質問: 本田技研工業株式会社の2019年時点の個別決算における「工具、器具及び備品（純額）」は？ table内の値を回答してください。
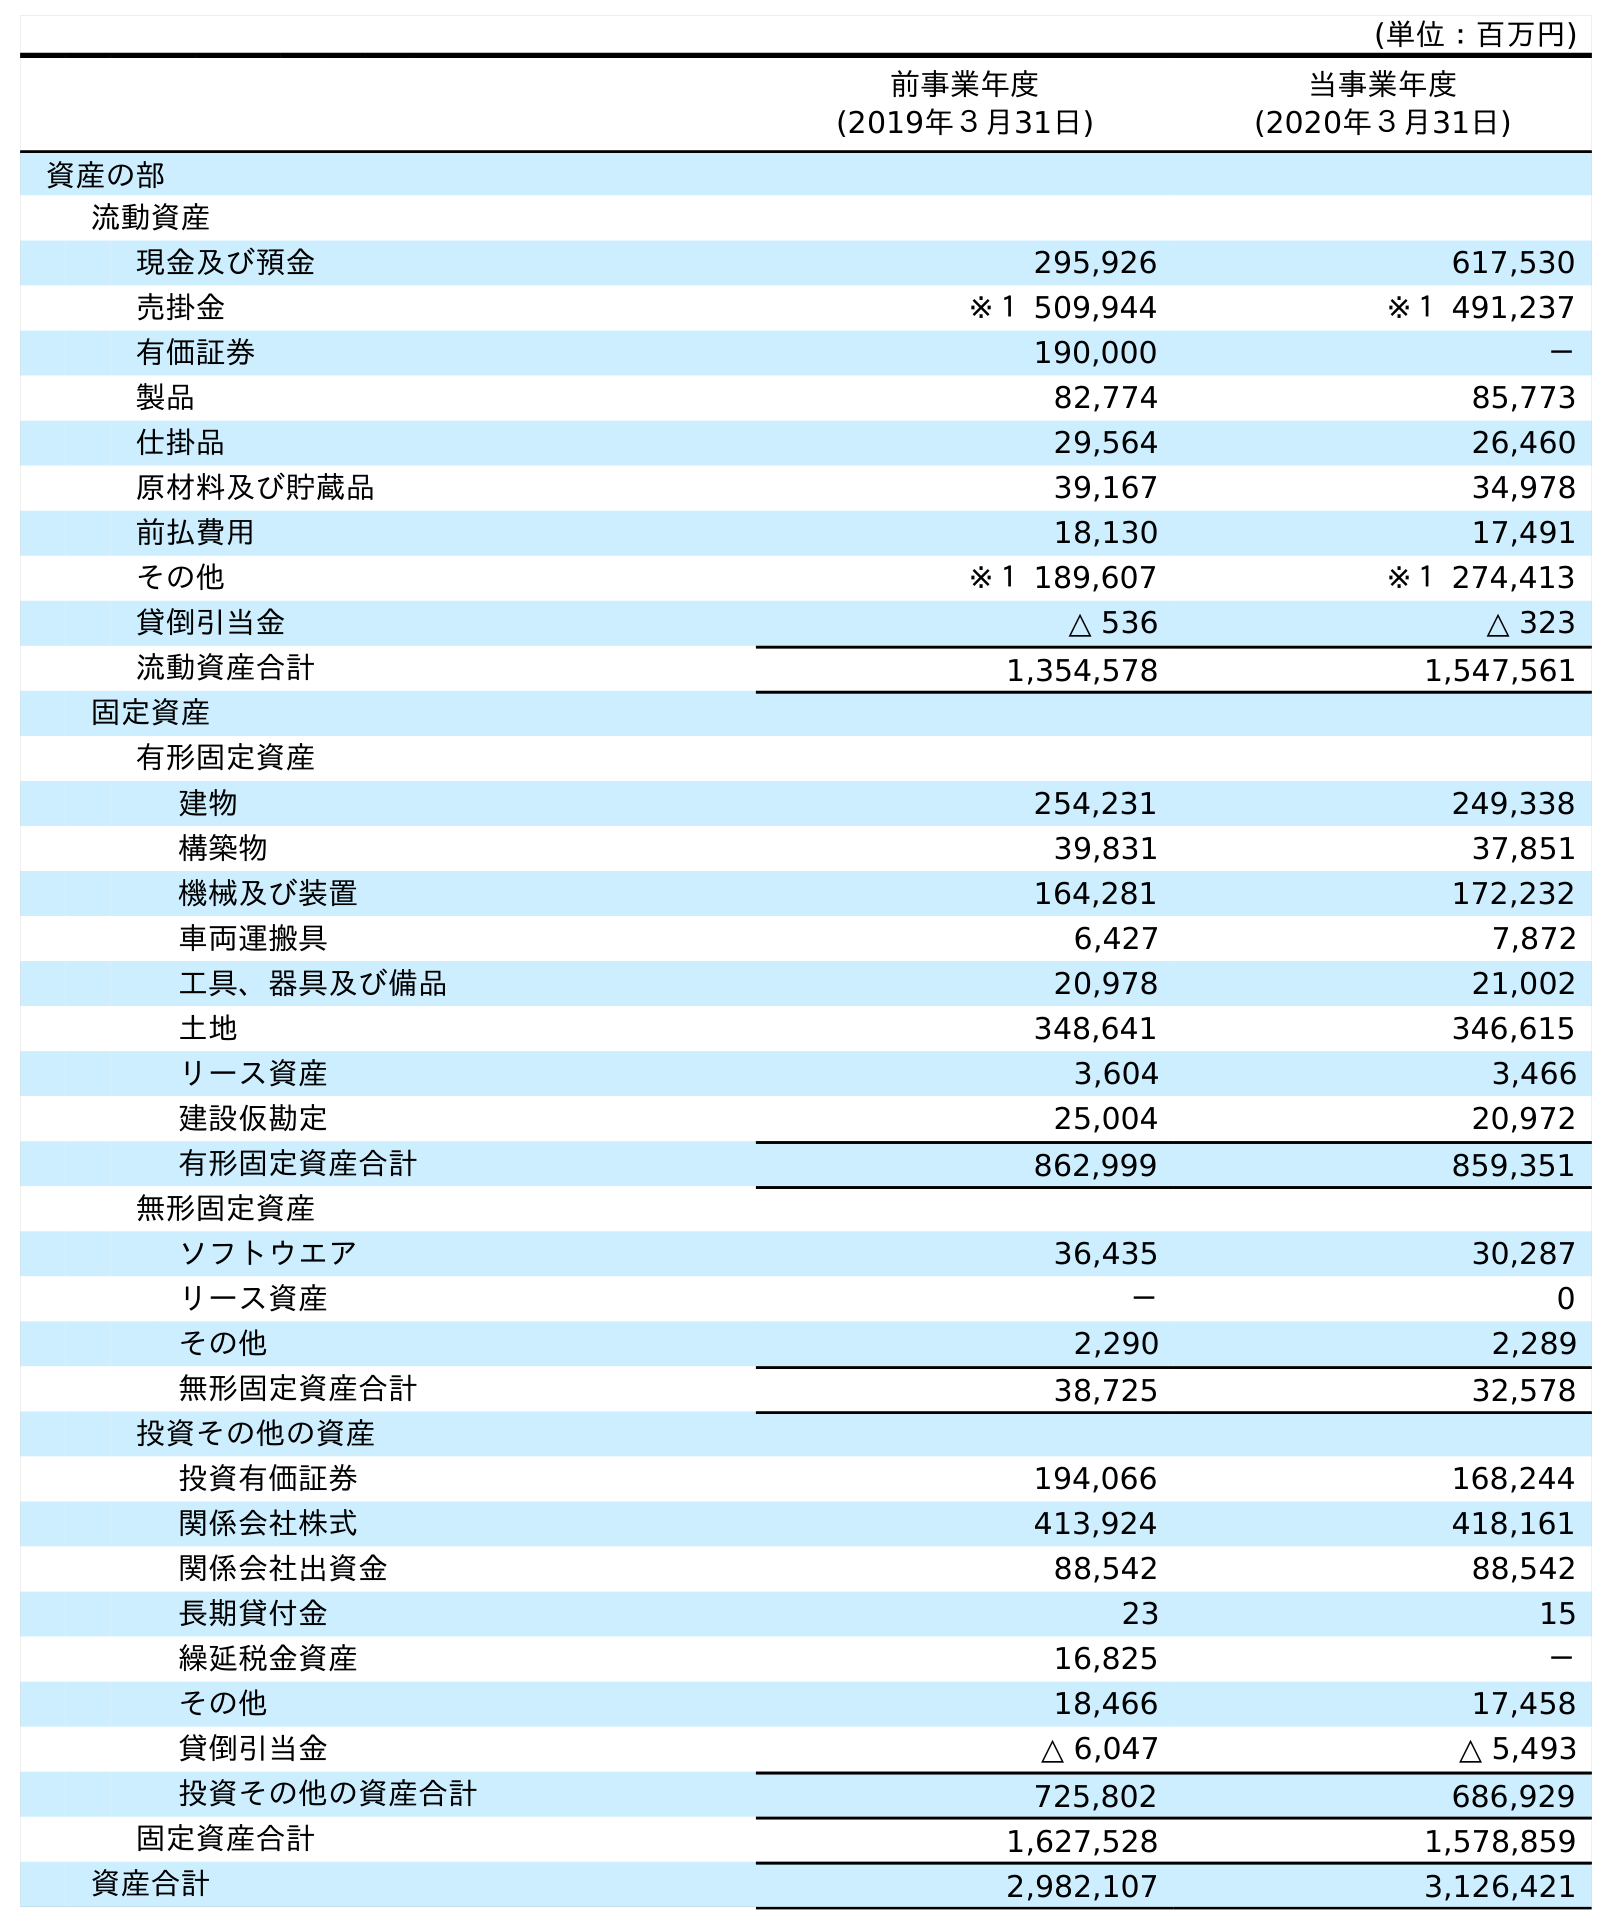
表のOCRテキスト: (単位：百万円) 前事業年度 (2019年３月31日) 当事業年度 (2020年３月31日) 資産の部 流動資産 現金及び預金 295,926 617,530 売掛金 ※１ 509,944 ※１ 491,237 有価証券 190,000 － 製品 82,774 85,773 仕掛品 29,564 26,460 原材料及び貯蔵品 39,167 34,978 前払費用 18,130 17,491 その他 ※１ 189,607 ※１ 274,413 貸倒引当金 △ 536 △ 323 流動資産合計 1,354,578 1,547,561 固定資産 有形固定資産 建物 254,231 249,338 構築物 39,831 37,851 機械及び装置 164,281 172,232 車両運搬具 6,427 7,872 工具、器具及び備品 20,978 21,002 土地 348,641 346,615 リース資産 3,604 3,466 建設仮勘定 25,004 20,972 有形固定資産合計 862,999 859,351 無形固定資産 ソフトウエア 36,435 30,287 リース資産 － 0 その他 2,290 2,289 無形固定資産合計 38,725 32,578 投資その他の資産 投資有価証券 194,066 168,244 関係会社株式 413,924 418,161 関係会社出資金 88,542 88,542 長期貸付金 23 15 繰延税金資産 16,825 － その他 18,466 17,458 貸倒引当金 △ 6,047 △ 5,493 投資その他の資産合計 725,802 686,929 固定資産合計 1,627,528 1,578,859 資産合計 2,982,107 3,126,421
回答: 20,978